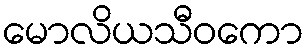
မောလိယသီဝကော